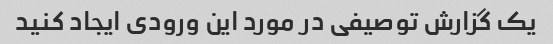
یک گزارش توصیفی در مورد این ورودی ایجاد کنید